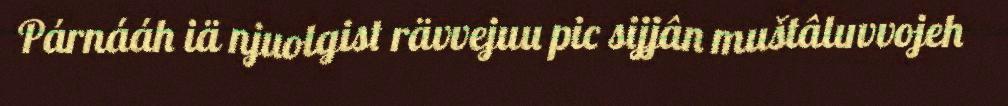
Párnááh iä njuolgist rävvejuu pic sijjân muštâluvvojeh